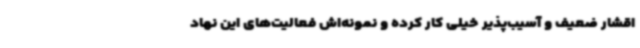
اقشار ضعیف و آسیب‌پذیر خیلی کار کرده و نمونه‌اش فعالیت‌های این نهاد